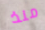
منذ